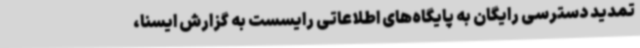
تمدید دسترسی رایگان به پایگاه‌های اطلاعاتی رایسست به گزارش ایسنا،